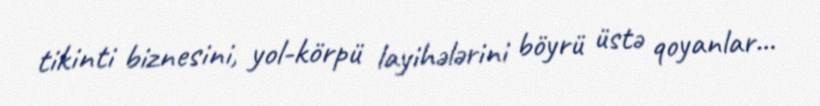
tikinti biznesini, yol-körpü layihələrini böyrü üstə qoyanlar...